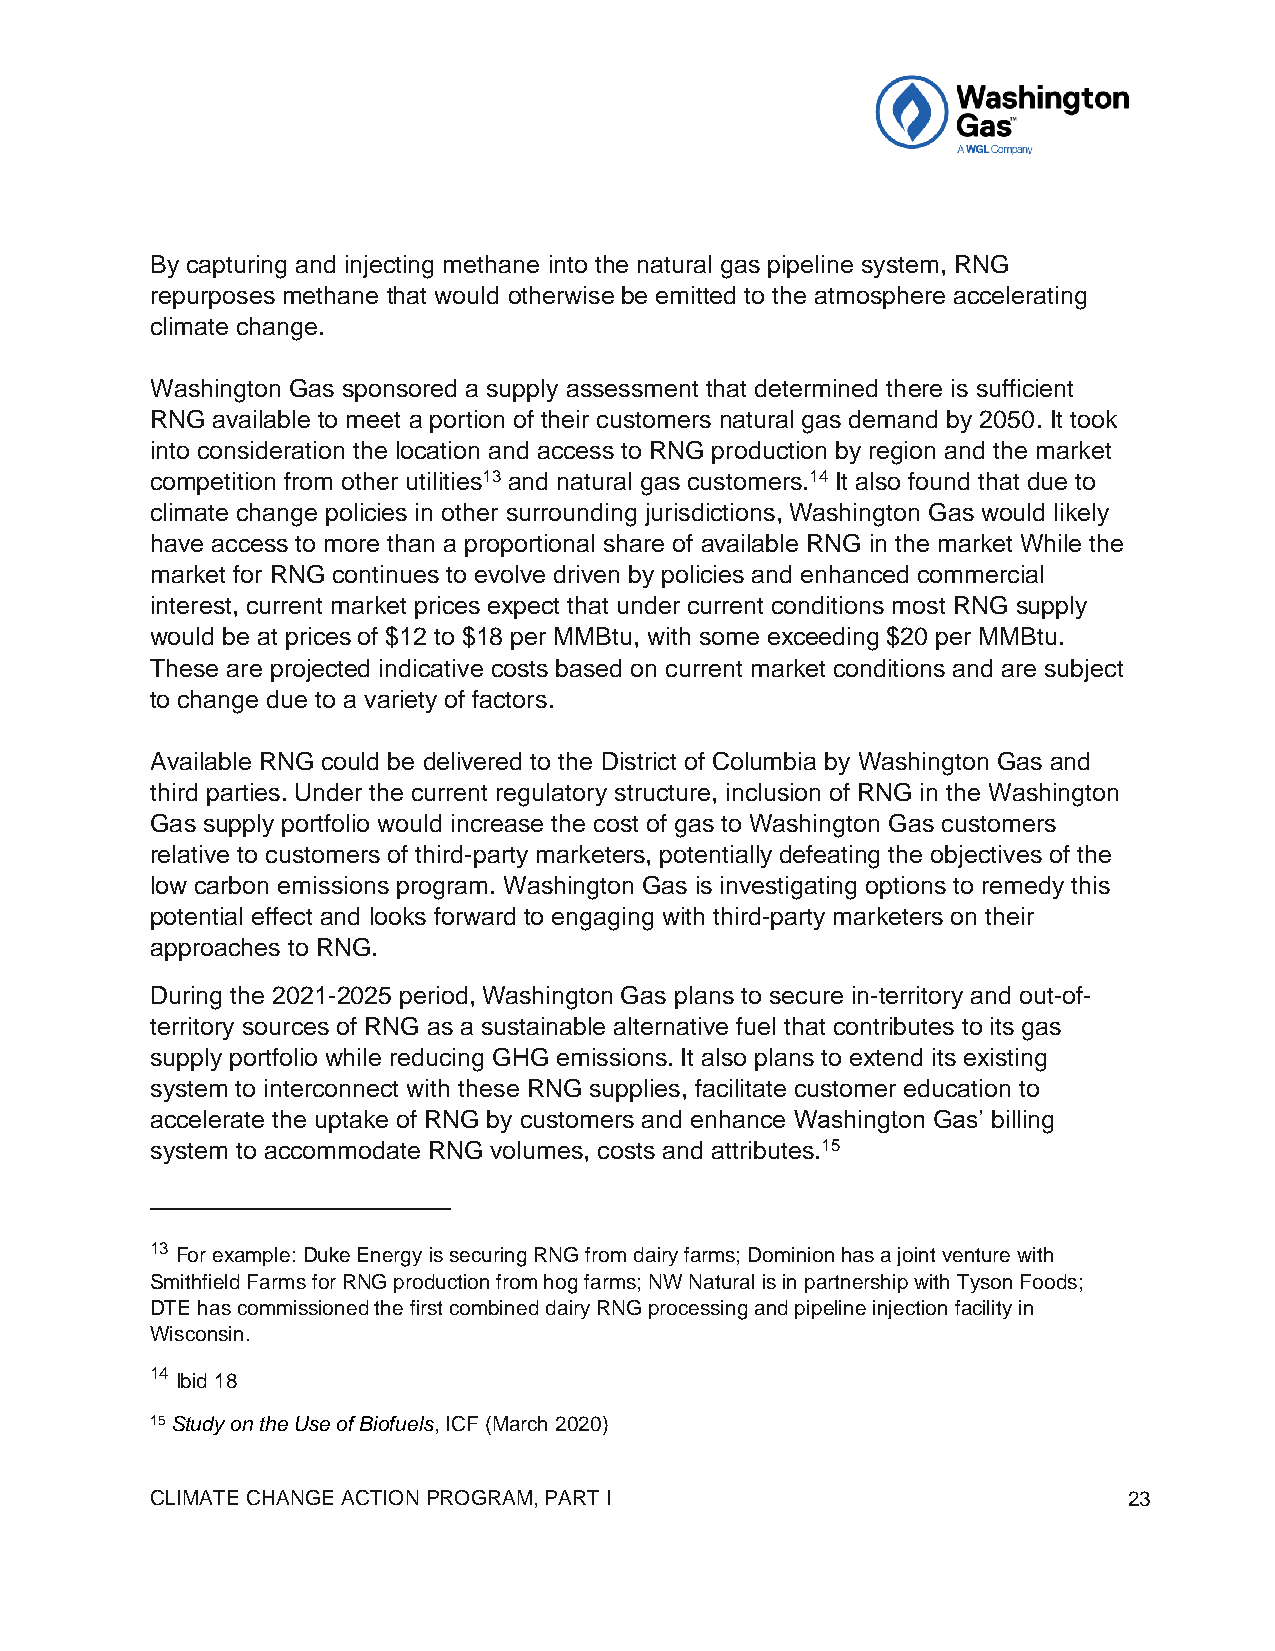
By capturing and injecting methane into the natural gas pipeline system, RNG
 repurposes methane that would otherwise be emitted to the atmosphere accelerating
 climate change.
 Washington Gas sponsored a supply assessment that determined there is sufficient
 RNG available to meet a portion of their customers natural gas demand by 2050. It took
 into consideration the location and access to RNG production by region and the market
 competition from other utilities13 and natural gas customers.14 It also found that due to
 climate change policies in other surrounding jurisdictions, Washington Gas would likely
 have access to more than a proportional share of available RNG in the market While the
 market for RNG continues to evolve driven by policies and enhanced commercial
 interest, current market prices expect that under current conditions most RNG supply
 would be at prices of $12 to $18 per MMBtu, with some exceeding $20 per MMBtu.
 These are projected indicative costs based on current market conditions and are subject
 to change due to a variety of factors.
 Available RNG could be delivered to the District of Columbia by Washington Gas and
 third parties. Under the current regulatory structure, inclusion of RNG in the Washington
 Gas supply portfolio would increase the cost of gas to Washington Gas customers
 relative to customers of third-party marketers, potentially defeating the objectives of the
 low carbon emissions program. Washington Gas is investigating options to remedy this
 potential effect and looks forward to engaging with third-party marketers on their
 approaches to RNG.
 During the 2021-2025 period, Washington Gas plans to secure in-territory and out-of-
 territory sources of RNG as a sustainable alternative fuel that contributes to its gas
 supply portfolio while reducing GHG emissions. It also plans to extend its existing
 system to interconnect with these RNG supplies, facilitate customer education to
 accelerate the uptake of RNG by customers and enhance Washington Gas’ billing
 system to accommodate RNG volumes, costs and attributes.15
 13 For example: Duke Energy is securing RNG from dairy farms; Dominion has a joint venture with
 Smithfield Farms for RNG production from hog farms; NW Natural is in partnership with Tyson Foods;
 DTE has commissioned the first combined dairy RNG processing and pipeline injection facility in
 Wisconsin.
 14 Ibid 18
 15 Study on the Use of Biofuels, ICF (March 2020)
 CLIMATE CHANGE ACTION PROGRAM, PART I                            23